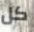
كل